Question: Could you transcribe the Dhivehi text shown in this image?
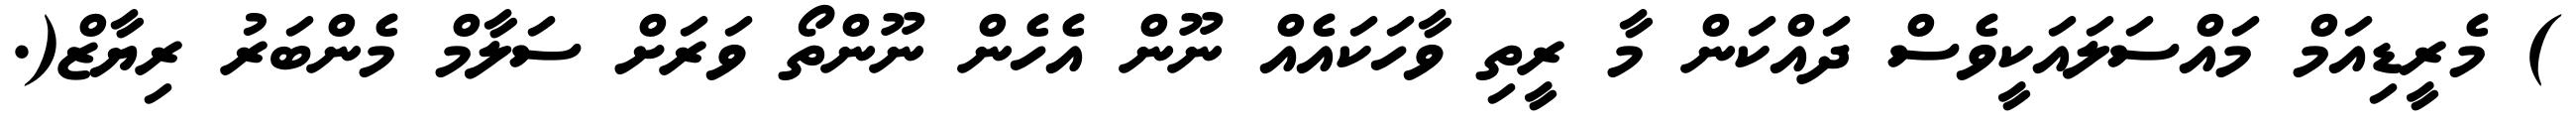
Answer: ) މެރީޑިއަމް މައްސަލައަކީވެސް ދައްކަން މާ ރީތި ވާހަކައެއް ނޫން އެހެން ނޫންތޯ ވަރަށް ސަލާމް މެންބަރު ރިޔާޒް(.